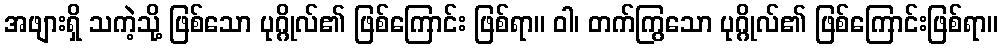
အဖျားရှိ သကဲ့သို့ ဖြစ်သော ပုဂ္ဂိုလ်၏ ဖြစ်ကြောင်း ဖြစ်ရာ။ ဝါ၊ တက်ကြွသော ပုဂ္ဂိုလ်၏ ဖြစ်ကြောင်းဖြစ်ရာ။